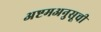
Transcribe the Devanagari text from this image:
अष्टमअनुसूची